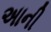
અાની